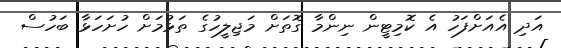
އަދި އެއަށްފަހު އެ ކޮމިޓީން ނިންމާ ގޮތަށް މަޖިލީހުގެ ތަޅުމަށް ހުށަހަޅާ ބަހުސް